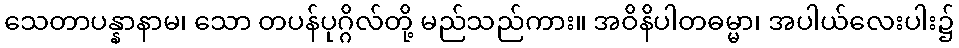
သေတာပန္နာနာမ၊ သော တပန်ပုဂ္ဂိလ်တို့ မည်သည်ကား။ အဝိနိပါတဓမ္မာ၊ အပါယ်လေးပါး၌